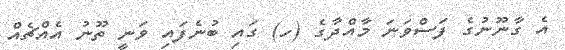
އެ ގާނޫނުގެ ފަސްވަނަ މާއްދާގެ (ހ) ގައި ބުނެފައި ވަނީ ތޫނު އެއްޗެއް